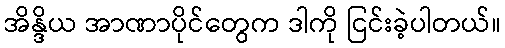
အိန္ဒိယ အာဏာပိုင်တွေက ဒါကို ငြင်းခဲ့ပါတယ်။